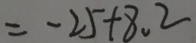
= - 2 5 + 8 . 2